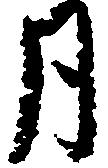
月